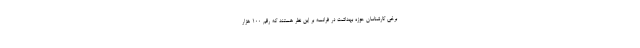
برخی کارشناسان حوزه بهداشت در فرانسه بر این نظر هستند که رقم ۱۰۰ هزار